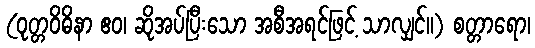
(ဝုတ္တဝိဓိနာ ဧဝ၊ ဆိုအပ်ပြီးသော အစီအရင်ဖြင့် သာလျှင်။) စတ္တာရော၊